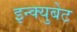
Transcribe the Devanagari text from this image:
इन्क्युबेट